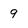
Character: 9